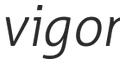
vigor